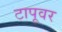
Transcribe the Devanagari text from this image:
टापूवर